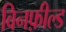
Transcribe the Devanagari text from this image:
विनफ़ील्ड